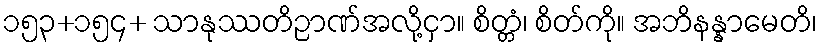
၁၅၃+၁၅၄+ သာနုဿတိဉာဏ်အလို့ငှာ။ စိတ္တံ၊ စိတ်ကို။ အဘိနန္နာမေတိ၊